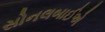
સોનલબાઈએ